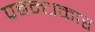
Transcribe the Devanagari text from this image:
प्रबन्धकार